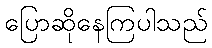
ပြောဆိုနေကြပါသည်